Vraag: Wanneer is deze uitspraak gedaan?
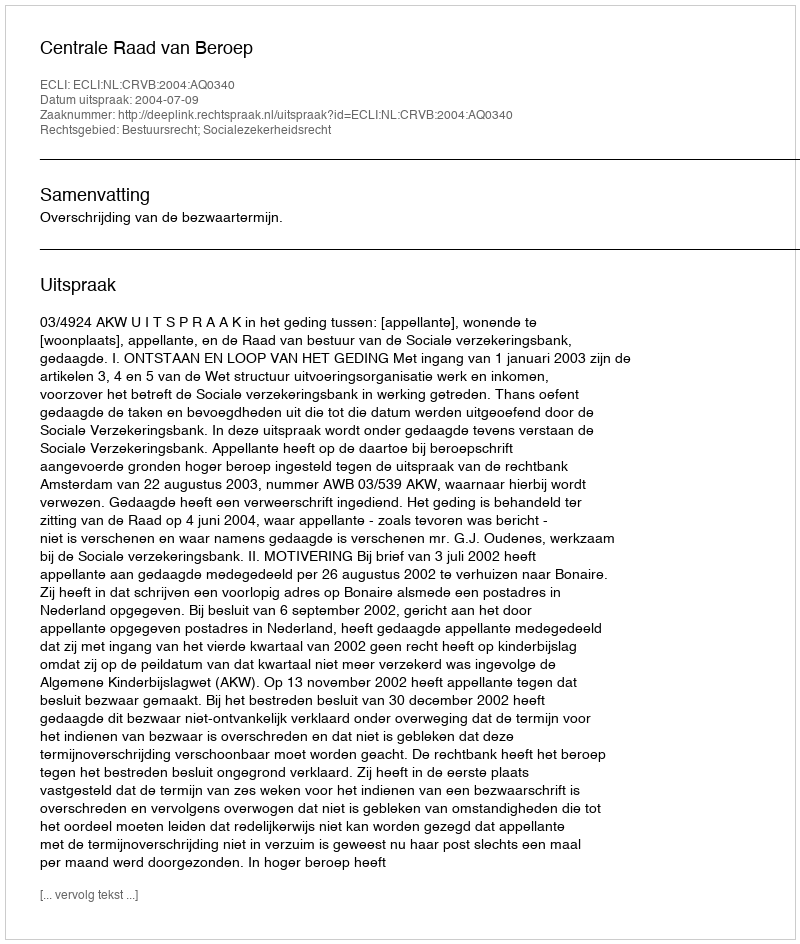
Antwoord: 2004-07-09